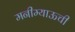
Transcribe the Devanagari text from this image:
मनीम्याऊची